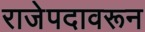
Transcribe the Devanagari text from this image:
राजेपदावरून